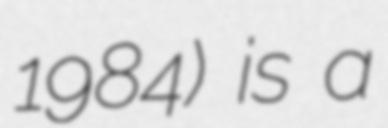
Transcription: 1984) is a